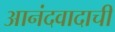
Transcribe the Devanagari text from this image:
आनंदवादाची